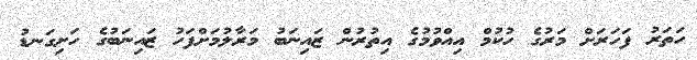
ހަތަރު ފަހަރަށް މަރުގެ ހުކުމް އިއްވުމުގެ އިތުރުން ޒައިނަބު މަރާލުމަށްފަހު ޒައިނަބުގެ ހަށިގަނޑު